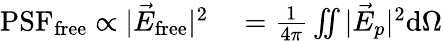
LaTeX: \begin{array}{rl}{\textrm{PSF}_{\textrm{free}}\propto|\vec{E}_{\textrm{free}}|^{2}}&{{}=\frac{1}{4\pi}\iint|\vec{E}_{p}|^{2}\textrm{d}\Omega}\end{array}